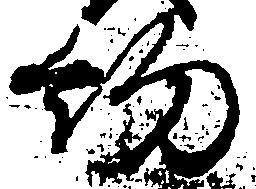
約